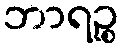
ဘာရဉ္စ